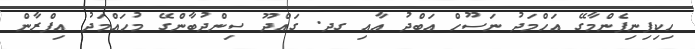
ހިކިފިނިފެންމާގޭ އަހްމަދު ނަސޫހް އަބްދު އާއި ގދ. ގައްދޫ ސިންދުބާންގޭ މުހައްމަދު އިފްރާން